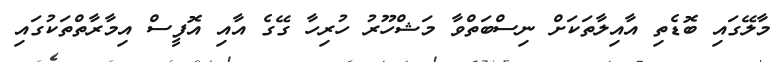
މާލޭގައި ބޮޑެތި އާއިލާތަކަށް ނިސްބަތްވާ މަޝްހޫރު ހުރިހާ ގޭގެ އާއި އޮފީސް އިމާރާތްތަކުގައި